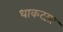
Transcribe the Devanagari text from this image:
धाकटय़ा